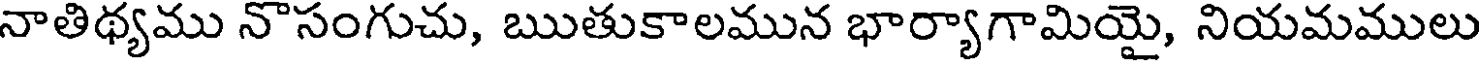
నాతిథ్యము నొసంగుచు, ఋతుకాలమున భార్యాగామియై, నియమములు